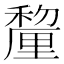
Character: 𮃱